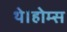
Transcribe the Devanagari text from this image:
थे।होम्स